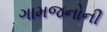
ગામજનોની